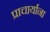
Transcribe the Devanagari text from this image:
प्राचार्याना